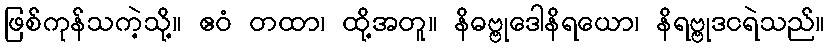
ဖြစ်ကုန်သကဲ့သို့။ ဧဝံ တထာ၊ ထို့အတူ။ နိဓဗ္ဗုဒေါနိရယော၊ နိရဗ္ဗုဒငရဲသည်။